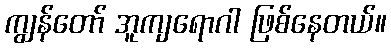
ကျွန်တော် အူကျရောဂါ ဖြစ်နေတယ်။